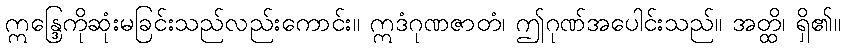
ဣန္ဒြေကိုဆုံးမခြင်းသည်လည်းကောင်း။ ဣဒံဂုဏဇာတံ၊ ဤဂုဏ်အပေါင်းသည်။ အတ္ထိ၊ ရှိ၏။